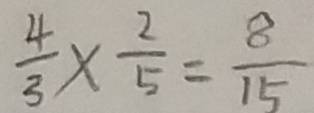
\frac { 4 } { 3 } \times \frac { 2 } { 5 } = \frac { 8 } { 1 5 }